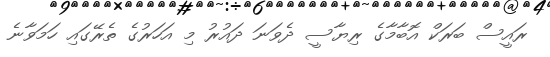
ރައީސް ބަރަކް އޮބާމާގެ ރިޔާސީ ދެވަނަ ދައުރު މި އަހަރުގެ ތެރޭގައި ހަމަވާނެ